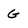
Character: G